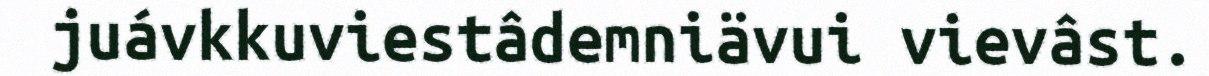
juávkkuviestâdemniävui vievâst.